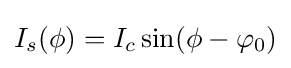
I_{s}(\phi )=I_{c}\sin(\phi -\varphi _{0})